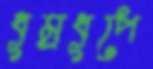
ধূম্রধূপে